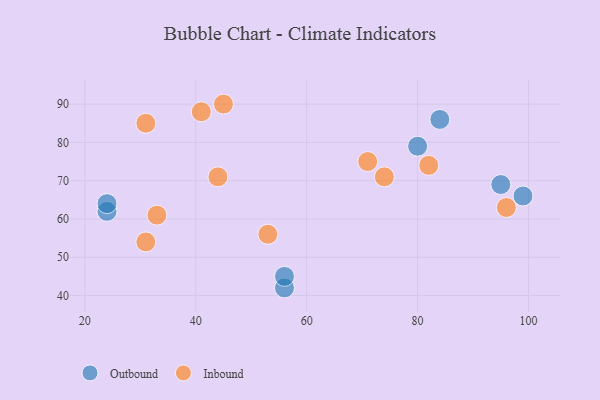
{"axis": {"x": "GDP", "y": "Life Expectancy"}, "legend": ["Inbound", "Outbound"], "data": [{"x": "56", "y": 42, "type": "Outbound"}, {"x": "95", "y": 69, "type": "Outbound"}, {"x": "56", "y": 45, "type": "Outbound"}, {"x": "24", "y": 62, "type": "Outbound"}, {"x": "24", "y": 64, "type": "Outbound"}, {"x": "84", "y": 86, "type": "Outbound"}, {"x": "80", "y": 79, "type": "Outbound"}, {"x": "99", "y": 66, "type": "Outbound"}, {"x": "45", "y": 90, "type": "Inbound"}, {"x": "96", "y": 63, "type": "Inbound"}, {"x": "71", "y": 75, "type": "Inbound"}, {"x": "44", "y": 71, "type": "Inbound"}, {"x": "31", "y": 54, "type": "Inbound"}, {"x": "31", "y": 85, "type": "Inbound"}, {"x": "33", "y": 61, "type": "Inbound"}, {"x": "74", "y": 71, "type": "Inbound"}, {"x": "41", "y": 88, "type": "Inbound"}, {"x": "53", "y": 56, "type": "Inbound"}, {"x": "82", "y": 74, "type": "Inbound"}]}